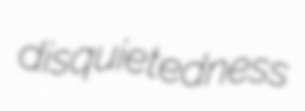
disquietedness